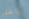
بالحفر